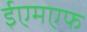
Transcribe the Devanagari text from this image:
ईएमएफ